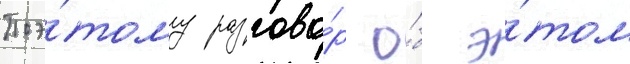
Поэ́тому разгово́р о́б э́том